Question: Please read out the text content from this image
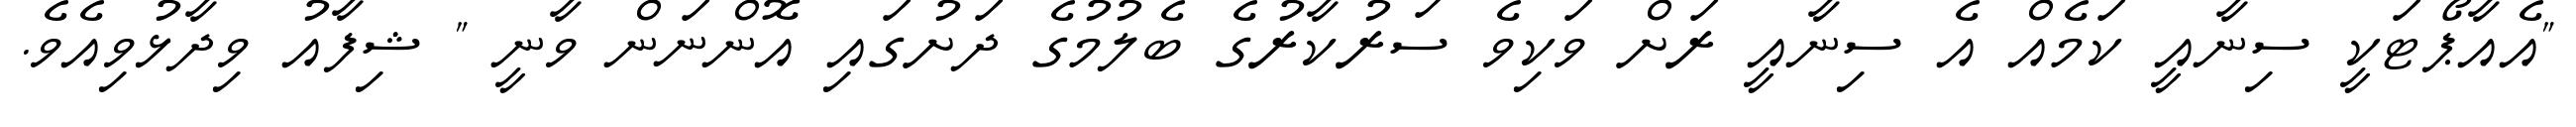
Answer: "އެއާޕޯޓަކީ ސިނާއީ ކަމެއް އެ ސިނާއީ ރަށް ވަކިވެ ސަރުކާރުގެ ބެލުމުގެ ދަށުގައި އޮންނަން ވާނީ " ޝިފާއު ވިދާޅުވިއެވެ.